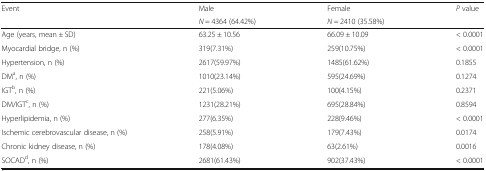
| <ROWSPAN=2> Event | Male | Female | <ROWSPAN=2> P value |
 | N = 4364 (64.42%) | N = 2410 (35.58%) |
 | --- | --- | --- | --- |
 | Age (years, mean ± SD) | 63.25 ± 10.56 | 66.09 ± 10.09 | < 0.0001 |
 | Myocardial bridge, n (%) | 319(7.31%) | 259(10.75%) | < 0.0001 |
 | Hypertension, n (%) | 2617(59.97%) | 1485(61.62%) | 0.1855 |
 | DMa, n (%) | 1010(23.14%) | 595(24.69%) | 0.1274 |
 | IGTb, n (%) | 221(5.06%) | 100(4.15%) | 0.2371 |
 | DM/IGTc, n (%) | 1231(28.21%) | 695(28.84%) | 0.8594 |
 | Hyperlipidemia, n (%) | 277(6.35%) | 228(9.46%) | < 0.0001 |
 | Ischemic cerebrovascular disease, n (%) | 258(5.91%) | 179(7.43%) | 0.0174 |
 | Chronic kidney disease, n (%) | 178(4.08%) | 63(2.61%) | 0.0016 |
 | SOCADd, n (%) | 2681(61.43%) | 902(37.43%) | < 0.0001 |